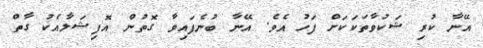
އޭނާ ކުރި ޝަކުވާތަކަކަށް ފަހު އެވެ. އޭނާ ބުނެފައިވާ ގޮތުން އޮފިޝަލާއެކު ގާތް